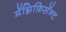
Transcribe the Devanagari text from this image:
मॅग्निफ़िसॅन्ट